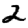
Digit: 2